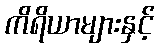
ကိရိယာများနှင့်